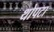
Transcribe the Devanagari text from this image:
थोपटा